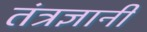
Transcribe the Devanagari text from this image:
तंत्रज्ञानी